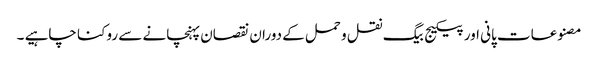
مصنوعات پانی اور پیکیج بیگ نقل و حمل کے دوران نقصان پہنچانے سے روکنا چاہیے ۔